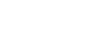
မြို့တော်မှာ